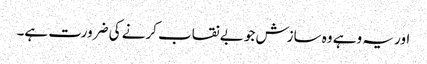
اور یہ وہے وہ سازش جو بے نقاب کرنے کی ضرورت ہے۔